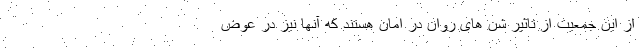
از این جمعیت از تاثیر شن های روان در امان هستند که آنها نیز در عوض